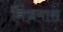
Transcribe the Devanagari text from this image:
निजमास